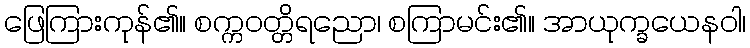
ဖြေကြားကုန်၏။ စက္ကဝတ္တိရညော၊ စကြာမင်း၏။ အာယုက္ခယေနဝါ၊